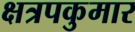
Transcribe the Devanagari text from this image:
क्षत्रपकुमार